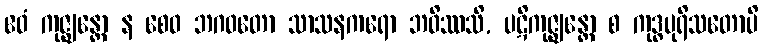
ဧဝံ ကုဇ္ဈန္တော န စေဝ ဘဂဝတော သာသနကရော ဘဝိဿသိ, ပဋိကုဇ္ဈန္တော စ ကုဒ္ဓပုရိသတောပိ